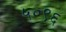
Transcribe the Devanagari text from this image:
५०९६